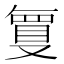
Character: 𭆶